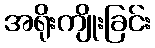
အရိုးကျိုးခြင်း